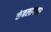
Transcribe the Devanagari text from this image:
कंबलाश्वतर